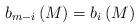
LaTeX: \begin{align*}b_{m-i}\left(M\right)=b_i\left(M\right)\end{align*}